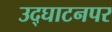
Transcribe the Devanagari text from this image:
उद्‌घाटनपर